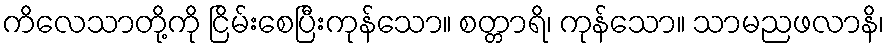
ကိလေသာတို့ကို ငြိမ်းစေပြီးကုန်သော။ စတ္တာရိ၊ ကုန်သော။ သာမညဖလာနိ၊